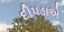
દીપડાએ